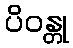
ပိဝန္တု